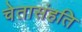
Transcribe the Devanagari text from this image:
चेतासंहति